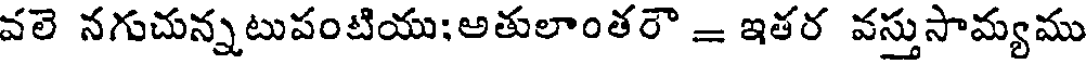
వలె నగుచున్నటుపంటియు;అతులాంతరౌ = ఇతర వస్తుసామ్యము